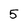
Character: 5